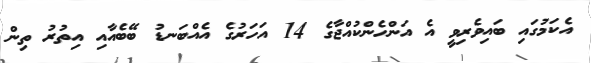
އެކަމުގައި ބައިވެރިވީ އެ އަންހެންކުއްޖާގެ 14 އަހަރުގެ އެއްބަނޑު ބޭބެއާއި އިތުރު ތިން